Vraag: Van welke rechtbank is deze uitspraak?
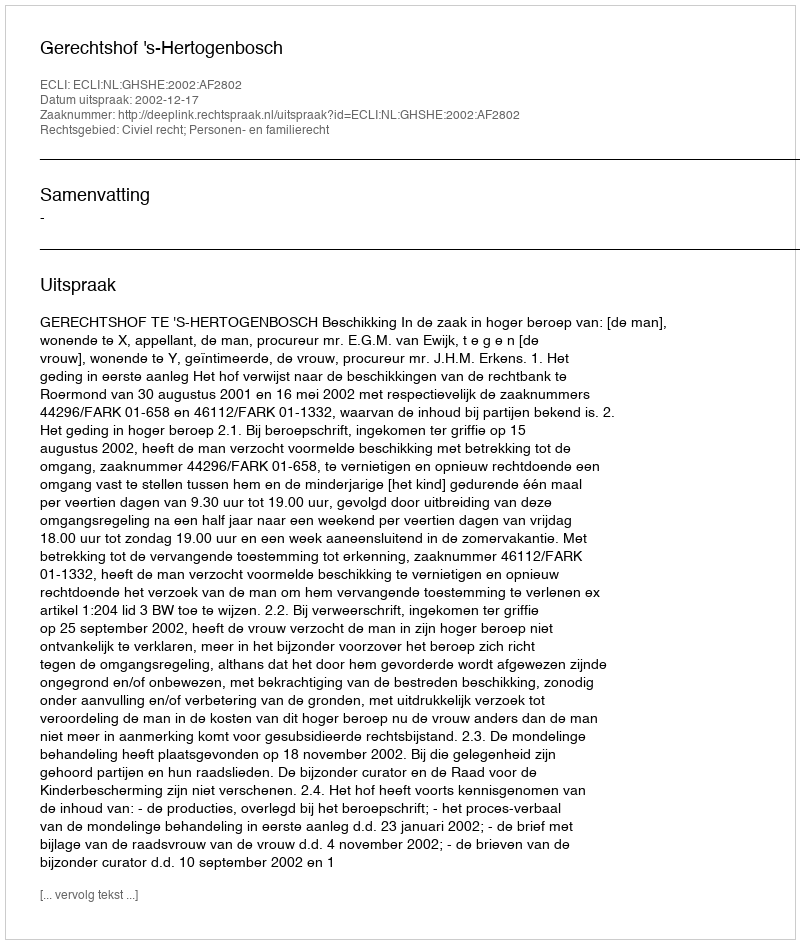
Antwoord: Gerechtshof 's-Hertogenbosch